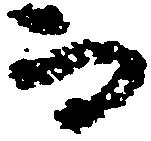
而